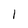
Character: l